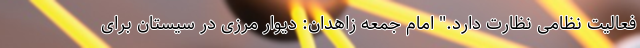
فعالیت نظامی نظارت دارد." امام جمعه زاهدان: دیوار مرزی در سیستان برای